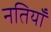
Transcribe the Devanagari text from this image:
नतियाँ